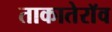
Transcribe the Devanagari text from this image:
ताकातेराॅव